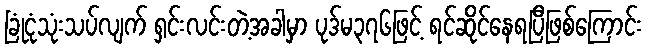
ခြုံငုံသုံးသပ်လျက် ရှင်းလင်းတဲ့အခါမှာ ပုဒ်မ၃၇၆ဖြင့် ရင်ဆိုင်နေရပြီဖြစ်ကြောင်း